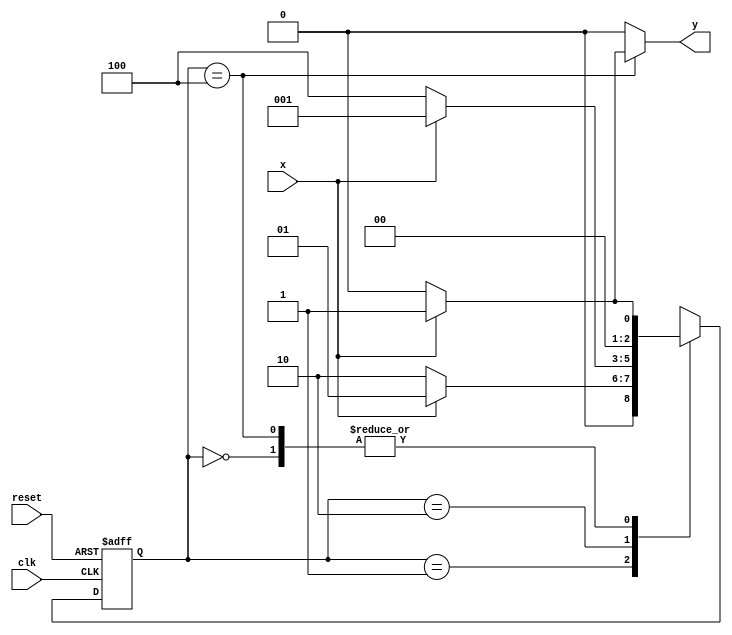
// ---------------------
// Guia 11 - Exercicio 03 - Mealy 
// Nome: Bruno Csar Lopes Silva - 415985
// ---------------------

// constant definitions
`define found    1
`define notfound 0

// FSM by Mealy
module exercicio03_seq1010_mealy ( y, x, clk, reset );

	output y;
	input  x;
	input  clk;
	input  reset;

	reg    y;

	parameter         // state identifiers 
		start  = 3'b000,
		id1    = 3'b001,
		id10   = 3'b010,
		id101  = 3'b100;

	reg [2:0] E1;	// current state variables
	reg [2:0] E2;	// next state logic output

	// next state logic
   always @( x or E1 )
		begin
		y = `notfound;

		case ( E1 )
			start:
				if ( x )
					E2 = id1;
				else
					E2 = start;
				
			id1:
				if ( x )
					E2 = id1;
				else
					E2 = id10;
			
			id10:
				if ( x )
					E2 = id1;
				else
					E2 = id101;

			id101:
				if ( x )
				begin
					E2 =  id1;
					y  = `found;
				end
				else
				begin
					E2 =  start;
					y  = `notfound;
				end
	 
			default:   // undefined state
				E2 =  3'bxxx;
		endcase
	  
		end // always at signal or state changing
		

	// state variables
		always @( negedge clk or negedge reset )
		begin
			if ( reset )
				E1 = E2;    // updates current state
			else
				E1 = 0;     // reset
		end // always at signal changing

endmodule // exercicio03_seq1010_mealy

module Exercicio3;
	
	reg   clk, reset, x;
	wire  m1;

	exercicio03_seq1010_mealy M3 ( m1, x, clk, reset );

	initial
	begin
		$display("Guia 10 - Bruno Cesar Lopes Silva - 415985");
		$display("\nTime\tX   Seq 1010" );

		// initial values
       clk   = 1;
       reset = 0;
       x     = 0;

	// input signal changing
		#10   reset = 1;
		#10  x = 1;
		#10  x = 0;
		#10  x = 0;
		#10  x = 1;
		#10  x = 0;
		#10  x = 1;
		#10  x = 1;
		#10  x = 1;
		#10  x = 1;
		#10  x = 0;
		#10  x = 1;
		#10  x = 1;
		#10  x = 1;
		#10  x = 0;
		#10  x = 1;
		#10  x = 0;
		#10  x = 0;
		#10  x = 0;
		
		#5 $finish;
	
	end // initial

	always
		#5 clk = ~clk;

	always @( posedge clk )
	begin
		$display ( "%4d \t%b\t%b", $time, x, m1);
	end // always at positive edge clocking changing

endmodule